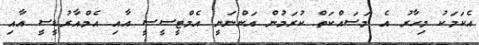
އެކަމަކު މިހާރު އެ މަސައްކަތް ކުރަމުން އަންނަނީ އެމްޓީސީސީ އާއި އެމްއާރުޑީސީ އާއި